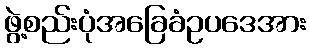
ဖွဲ့စည်းပုံအခြေခံဥပဒေအား